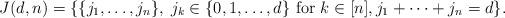
LaTeX: \begin{align*}J(d,n)= \{\{j_1,\ldots,j_n\},\; j_k\in\{0,1,\ldots,d\} \textrm{ for } k\in [n], j_1+\cdots+j_n=d\}.\end{align*}